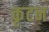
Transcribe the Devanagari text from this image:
कृटन